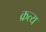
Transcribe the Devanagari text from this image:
क्रत्य